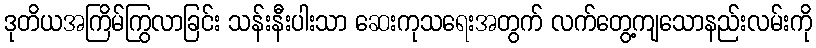
ဒုတိယအကြိမ်ကြွလာခြင်း သန်းနီးပါးသာ ဆေးကုသရေးအတွက် လက်တွေ့ကျသောနည်းလမ်းကို